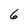
Character: 6